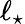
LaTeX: \ell_{\star}